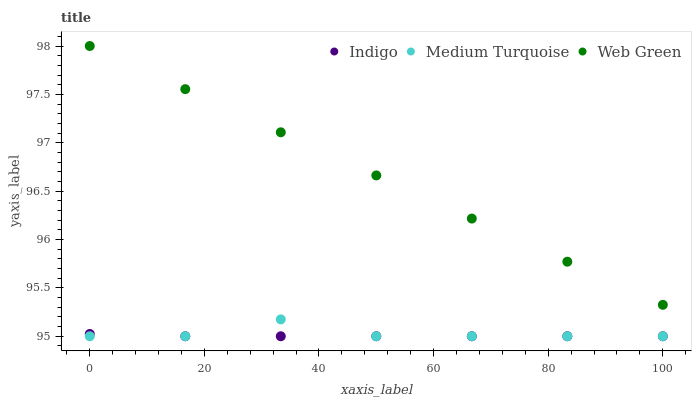
| xaxis_label | Indigo | Medium Turquoise | Web Green |
 | --- | --- | --- | --- |
 | 0 | 95 | 95 | 98 |
 | 16.7 | 95 | 95 | 97.6 |
 | 33.3 | 95 | 95.2 | 97.1 |
 | 50 | 95 | 95 | 96.7 |
 | 66.7 | 95 | 95 | 96.2 |
 | 83.3 | 95 | 95 | 95.8 |
 | 100 | 95 | 95 | 95.3 |